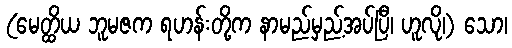
(မေတ္ထိယ ဘူမဇက ရဟန်းတို့က နာမည်မှည့်အပ်ပြီ၊ ဟူလို၊) သော၊